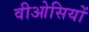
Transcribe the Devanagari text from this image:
वीओसियों